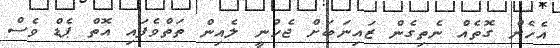
އެހެން ގޮތެއް ނެތިގެން ޒައިނަބަށް ޖެހުނީ ލެއިން ތަތްވެފައި އޮތް ޕެޑް ވެސް